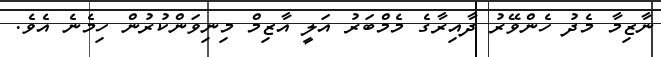
ނާޒިމާ މެދު ހެންވޭރު ދާއިރާގެ މެމްބަރު އަލީ އާޒިމް މިނިވަންކުރުން ހިމެނެ އެވެ.